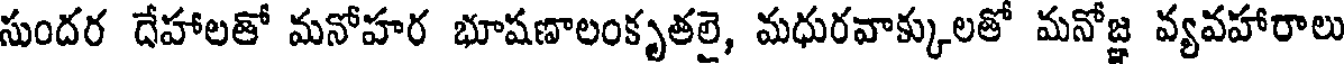
సుందర దేహాలతో మనోహర భూషణాలంకృతలై, మధురవాక్కులతో మనోజ్ఞ వ్యవహారాలు